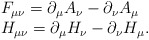
\begin{align*}\begin{array}{ll} F_{\mu \nu} = \partial_{\mu}A_{\nu}- \partial_{\nu} A_{\mu}\\ H_{\mu \nu} = \partial_{\mu}H_{\nu} -\partial_{\nu} H_{\mu}. \end{array}\end{align*}